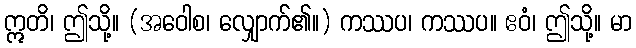
ဣတိ၊ ဤသို့။ (အဝေါစ၊ လျှောက်၏။) ကဿပ၊ ကဿပ။ ဧဝံ၊ ဤသို့။ မာ